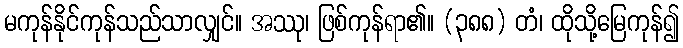
မကုန်နိုင်ကုန်သည်သာလျှင်။ အဿု၊ ဖြစ်ကုန်ရာ၏။ (၃၈၈) တံ၊ ထိုသို့မြေကုန်၍